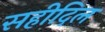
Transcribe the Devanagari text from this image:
सहीदिल